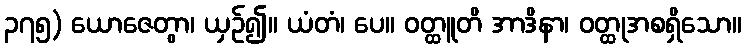
၃၇၅) ယောဇေတွာ၊ ယှဉ်၍။ ယံတံ၊ ပေ။ ဝတ္ထူတိ အာဒိနာ၊ ဝတ္ထုအစရှိသော။